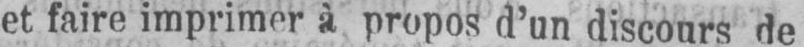
et faire imprimer à propos d’un discours de